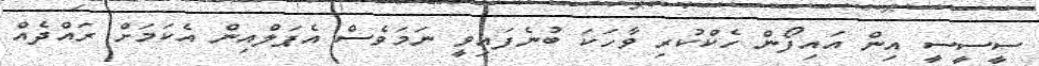
ސީސީސީ އިން އައިފޯން ހެކްކުރި ވާހަކަ ބުނެފައިވީ ނަމަވެސް އެޕަލްއިން އެކަމަށް ރައްދެއް